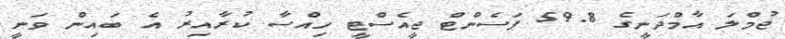
ޖުމްލަ އާމްދަނީގެ 59.8 ޕަސެންޓް ޖީއެސްޓީ ހިއްސާ ކުރާއިރު އެ ބައިން ވަނީ